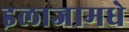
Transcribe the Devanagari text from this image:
इलाजामधे